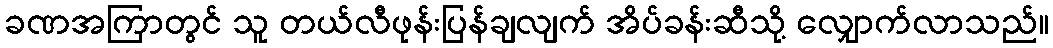
ခဏအကြာတွင် သူ တယ်လီဖုန်းပြန်ချလျက် အိပ်ခန်းဆီသို့ လျှောက်လာသည်။